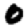
Digit: 0